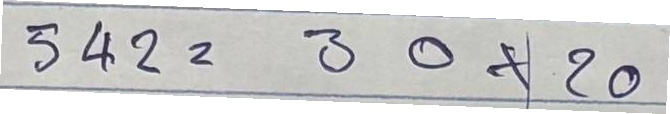
542 = 30x20